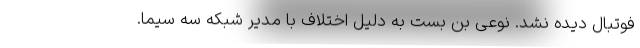
فوتبال دیده نشد. نوعی بن بست به دلیل اختلاف با مدیر شبکه سه سیما.